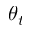
\theta _ { t }